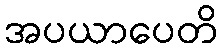
အပယာပေတိ